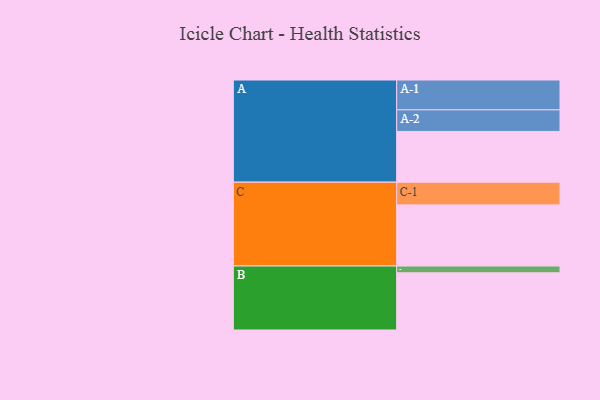
{"axis": {"x": "Segment", "y": "Value"}, "legend": ["", "A", "B", "C"], "data": [{"x": "A", "y": 493, "type": ""}, {"x": "B", "y": 556, "type": ""}, {"x": "C", "y": 594, "type": ""}, {"x": "A-1", "y": 290, "type": "A"}, {"x": "A-2", "y": 210, "type": "A"}, {"x": "B-1", "y": 66, "type": "B"}, {"x": "C-1", "y": 221, "type": "C"}]}